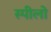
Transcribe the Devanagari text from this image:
स्पीलो